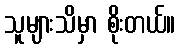
သူများသိမှာ စိုးတယ်။